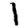
Digit: 1